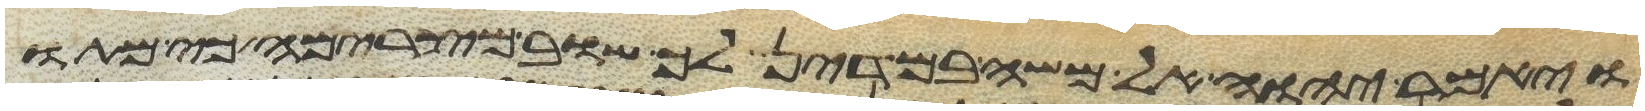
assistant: ויאמר יהוה אל משה במדין לך שוב מצרימה כי מתו